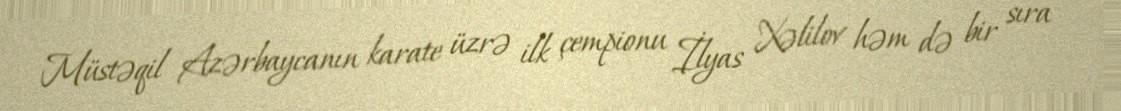
Müstəqil Azərbaycanın karate üzrə ilk çempionu İlyas Xəlilov həm də bir sıra